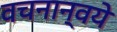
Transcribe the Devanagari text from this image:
वचनान्वये